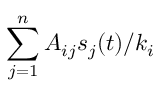
\sum _ { j = 1 } ^ { n } A _ { i j } s _ { j } ( t ) / { k _ { i } }